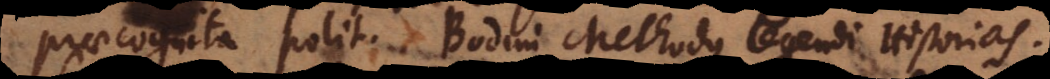
praecognita polit[ica]. Bodini Methodus legendi Historias.